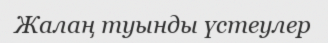
Жалаң туынды үстеулер